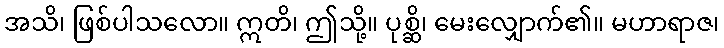
အသိ၊ ဖြစ်ပါသလော။ ဣတိ၊ ဤသို့။ ပုစ္ဆိ၊ မေးလျှောက်၏။ မဟာရာဇ၊